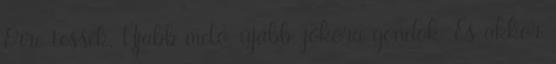
Erre tessék. Újabb meló, újabb, jókora gondok. És akkor